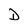
Character: D